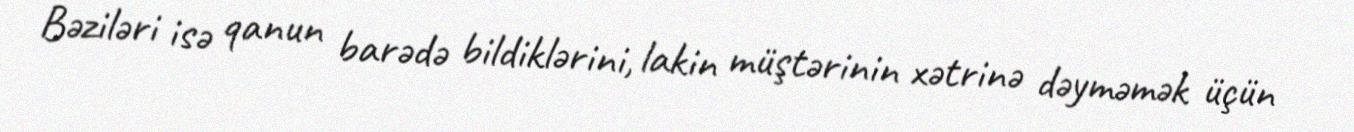
Bəziləri isə qanun barədə bildiklərini, lakin müştərinin xətrinə dəyməmək üçün